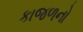
કાજળનો